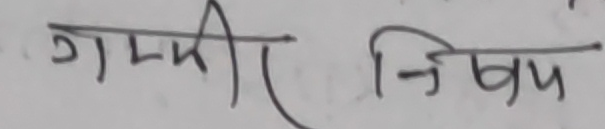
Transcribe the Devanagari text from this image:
गम्भीर निबन्ध